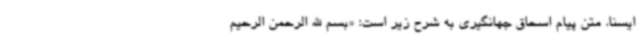
ایسنا، متن پیام اسحاق جهانگیری به شرح زیر است: «بسم الله الرحمن الرحیم